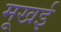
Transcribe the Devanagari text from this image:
मूखई